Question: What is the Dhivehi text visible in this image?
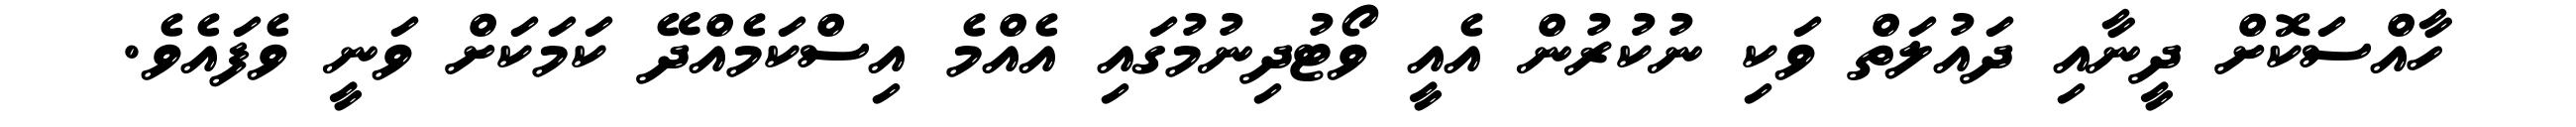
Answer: ހާއްސަކޮށް ދީނާއި ދައުލަތް ވަކި ނުކުރުން އެއީ ވޯޓުދިނުމުގައި އެއްމެ އިސްކަމެއްދޭ ކަމަކަށް ވަނީ ވެފައެވެ.